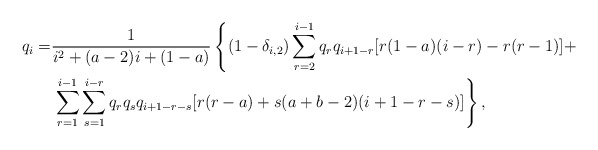
\begin{align*}q_{i}=&\frac{1}{i^{2} + (a-2)i + (1-a)}\left\{(1-\delta_{i,2})\sum_{r=2}^{i-1}q_{r}q_{i+1-r}[r(1-a)(i-r)-r(r-1)]+\right.\\&\left.\sum_{r=1}^{i-1}\sum_{s=1}^{i-r}q_{r}q_{s}q_{i+1-r-s}[r(r-a)+s(a+b-2)(i+1-r-s)]\right\},\end{align*}